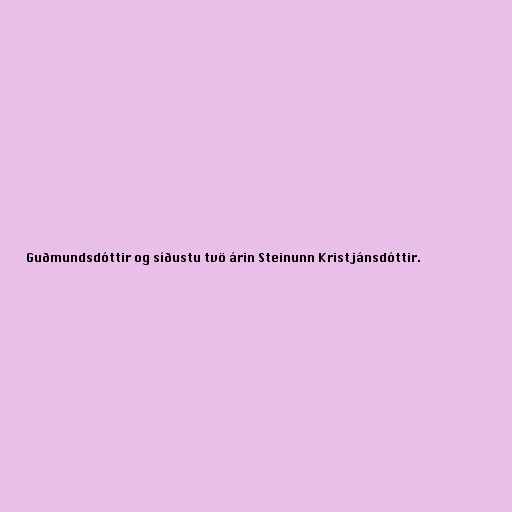
Guðmundsdóttir og síðustu tvö árin Steinunn Kristjánsdóttir.